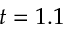
t = 1 . 1